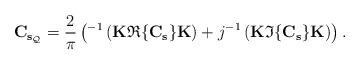
LaTeX: \begin{align*}\mathbf{C}_{\mathbf{s}_\mathcal{Q}}=\frac{2}{\pi}\left(^{-1}\left(\mathbf{K}\mathfrak{R}\{\mathbf{C}_{\mathbf{s}}\}\mathbf{K}\right)+j^{-1}\left(\mathbf{K}\mathfrak{I}\{\mathbf{C}_{\mathbf{s}}\}\mathbf{K}\right)\right).\end{align*}